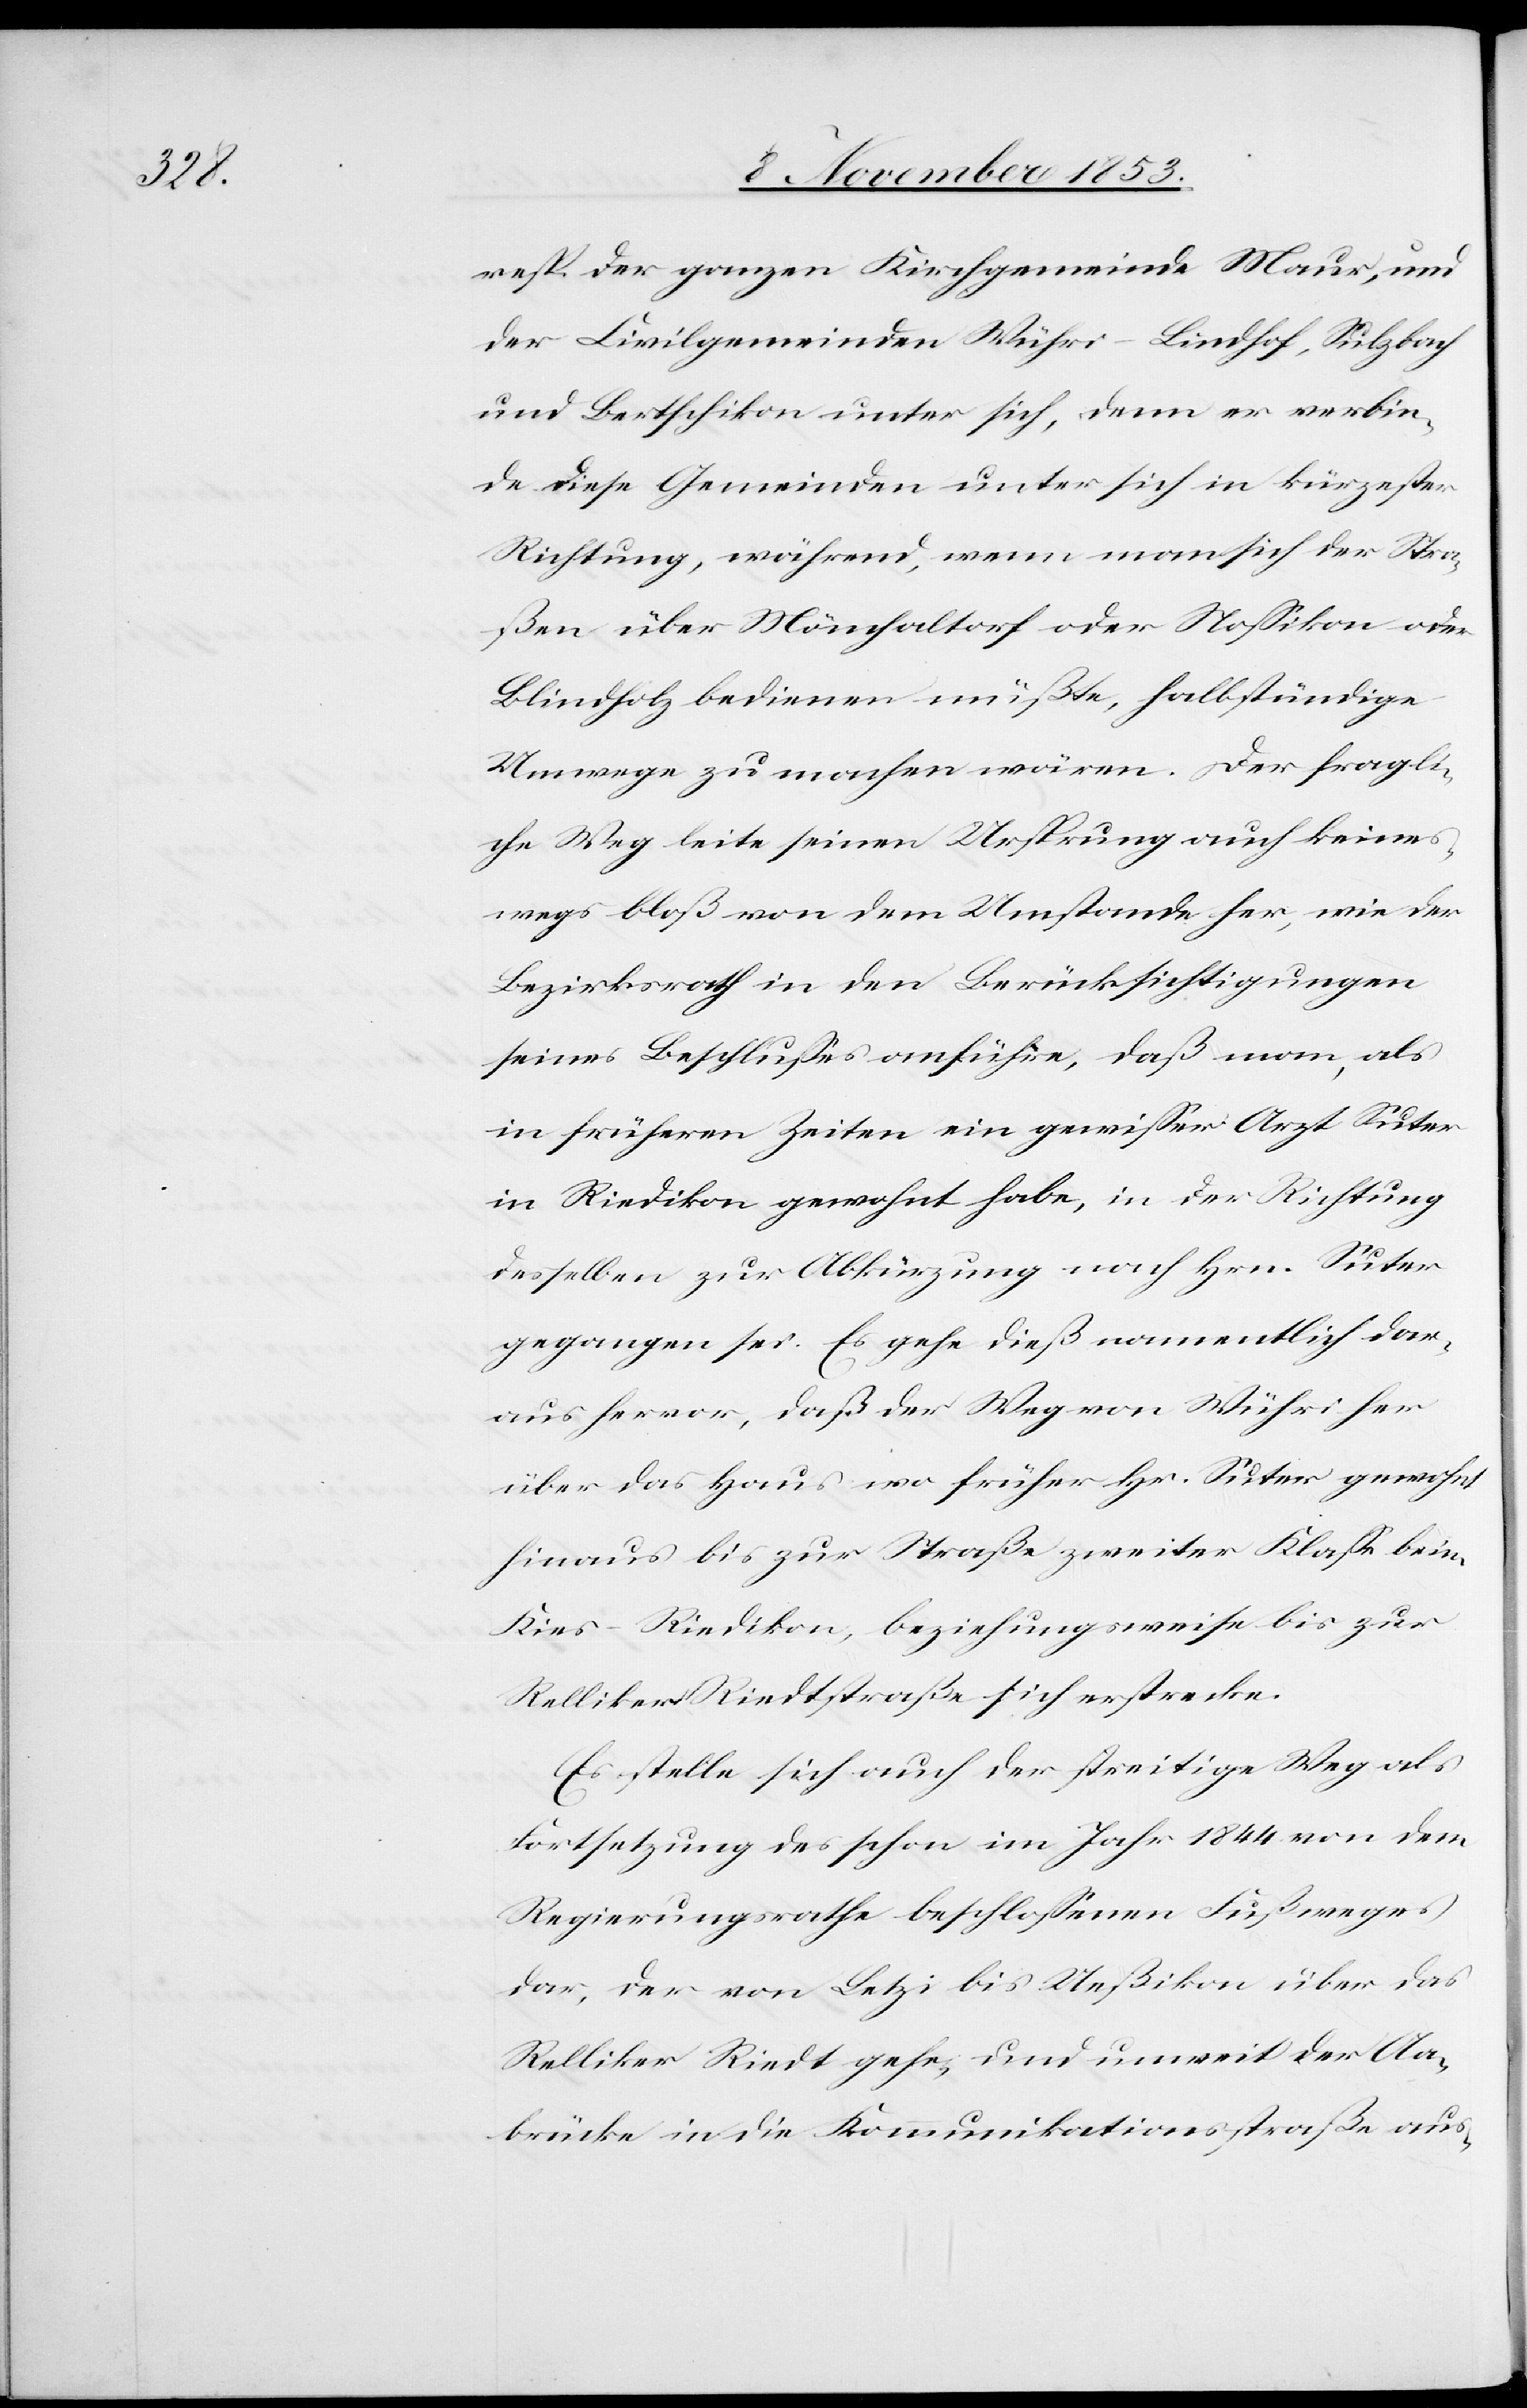
resp. der ganzen Kirchgemeinde Maur, und
der Civilgemeinden Wühri-Lindhof, Sulzbach
und Bertschikon unter sich, denn er verbin¬
det diese Gemeinden unter sich in kürzester
Richtung, während, wenn man sich der Stra¬
ßen über Mönchaltorf oder Noßikon oder
Blindholz bedienen müßte, halbstündige
Umwege zu machen wären. Der fragli¬
che Weg leite seinen Ursprung auch keine¬
swegs bloß von dem Umstande her, wie der
Bezirksrath in den Berücksichtigungen
seines Beschlußes anführe, daß man, als
in frühern Zeiten ein gewißer Arzt Suter
in Riedikon gewohnt habe, in der Richtung
desselben zur Abkürzung nach Hrn. Suter
gegangen sei. Es gehe dieß namentlich dar¬
aus hervor, daß der Weg von Wühri her
über das Haus wo früher Hr. Suter gewohnt
hinaus bis zur Straße zweiter Klaße beim
Kies-Riedikon, beziehungsweise bis zur
Relliker Riedtstraße sich erstrecke.
Es stelle sich auch der streitige Weg als
Fortsetzung des schon im Jahre 1844 von dem
Regierungsrathe beschloßenen Fußweges
dar, der von Letzi bis Ueßikon über das
Relliker Riedt gehe, und unweit der Aa¬
brücke in die Kommunikationsstraße aus-